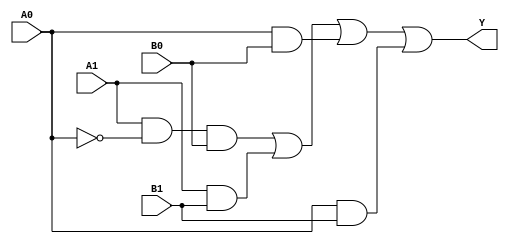
module combinational_logic (
    input wire A1,  // Most significant bit of A
    input wire A0,  // Least significant bit of A
    input wire B1,  // Most significant bit of B
    input wire B0,  // Least significant bit of B
    output wire Y   // Output
);

    // Combinational logic using simplified expression
    assign Y = (A1 & ~A0 & B0) | (A1 & B1) | (A0 & B0) | (A0 & B1);

endmodule